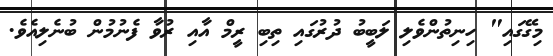
މިގޭގައި" ހިނިތުންވެލި ލަބީބު ދުރުގައި ތިބި ރީމް އާއި ރުވާ ފެނުމުން ބުނެލިއެވެ.